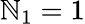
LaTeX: \mathbb{N}_{1}=1